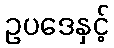
ဥပဒေနှင့်